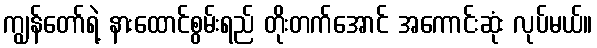
ကျွန်တော်ရဲ့ နားထောင်စွမ်းရည် တိုးတက်အောင် အကောင်းဆုံး လုပ်မယ်။